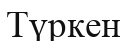
Түркен